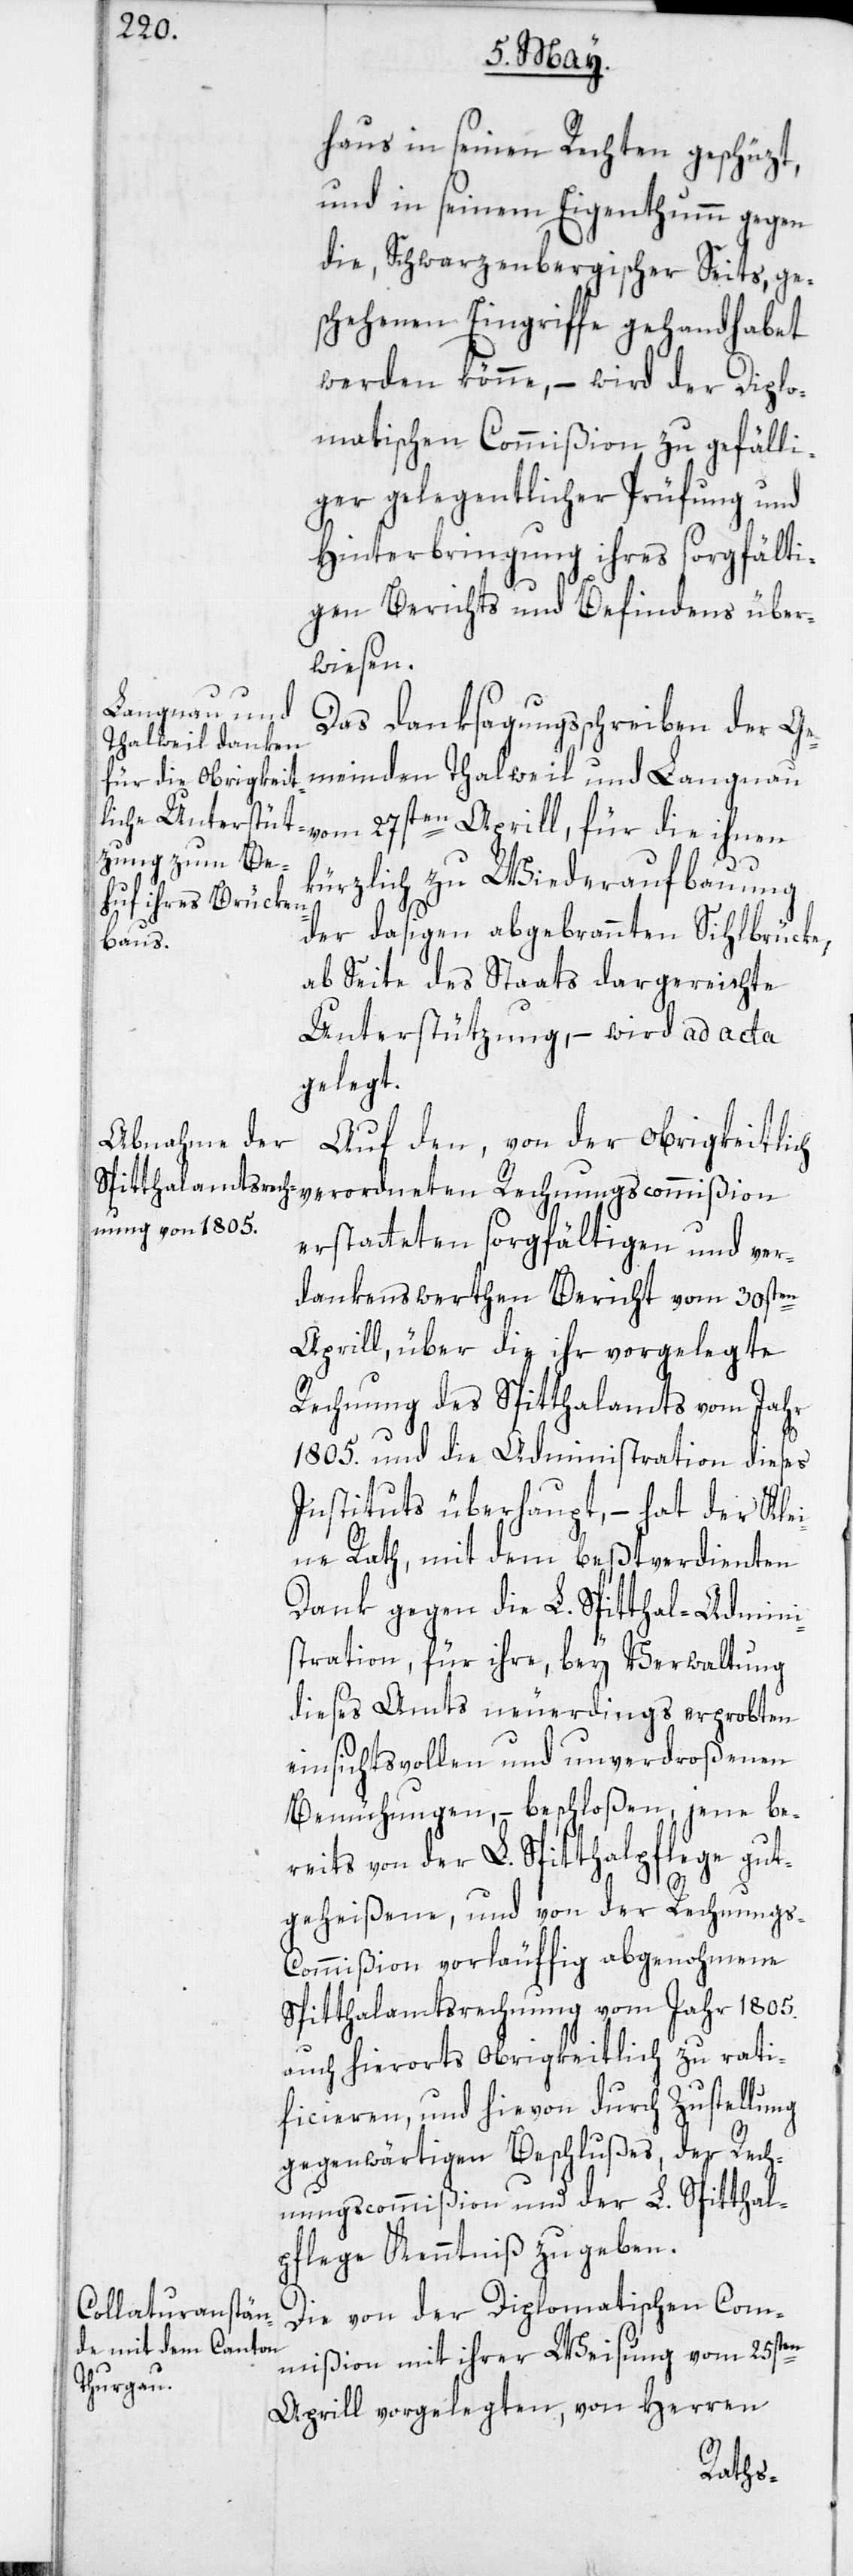
haus in seinen Rechten geschüzt,
und in seinem Eigenthumm gegen
die, Schwarzenbergischer Seits, ge¬
schehenen Eingriffe gehandhabet
werden könne, – wird der Diplo¬
matischen Commißion zu gefälli¬
ger gelegentlicher Prüfung und
Hinterbringung ihres sorgfälti¬
gen Berichts und Befindens über¬
wiesen.
Das Danksagungsschreiben der Ge¬
meinden Thalweil und Langnau
vom 27sten Aprill, für die ihnen
kürzlich zu Wiederaufbauung
der dasigen abgebrannten Sihlbrücke,
ab Seite des Staats dargereichte
Unterstützung, – wird ad acta
gelegt.
Auf den, von der obrigkeitlich
verordneten Rechnungscommißion
erstatteten sorgfältigen und ver¬
dankenswerthen Bericht vom 30sten
Aprill, über die ihr vorgelegte
Rechnung des Spitthalamts vom Jahr
1805. und die Administration dieses
Instituts überhaupt, – hat der Klei¬
ne Rath, mit dem beßtverdienten
Dank gegen die L. Spitthal-Admini¬
stration, für ihre, bey Verwaltung
dieses Amts neuerdings erprobten
einsichtsvollen und unverdroßenen
Bemühungen, – beschloßen, jene be¬
reits von der L. Spitthalpflege gut¬
geheißene, und von der Rechnung¬
s-Commißion vorläufig abgenohmene
Spitthalamtsrechnung vom Jahr 1805.
auch hierorts obrigkeitlich zu rati¬
ficieren, und hievon durch Zustellung
gegenwärtigen Beschlußes, der Rech¬
nungscommißion und der L. Spital¬
pflege Kenntniß zu geben.
Die von der Diplomatischen Com¬
mißion mit ihrer Weisung vom 25sten
Aprill vorgelegten, von Herren